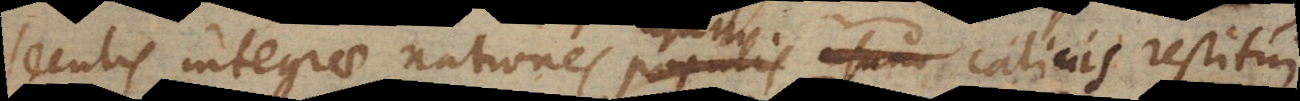
seculis integrae nationes populis usum calicis restitui